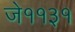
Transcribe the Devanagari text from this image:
जे११३१